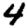
Digit: 4